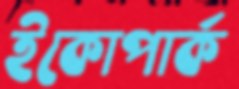
ইকোপার্ক